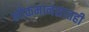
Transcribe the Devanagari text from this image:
लोकमानसातही